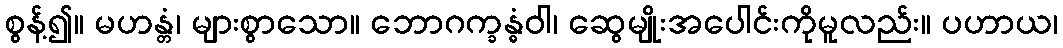
စွန့်၍။ မဟန္တံ၊ များစွာသော။ ဘောဂက္ခန္ဓံဝါ၊ ဆွေမျိုးအပေါင်းကိုမူလည်း။ ပဟာယ၊